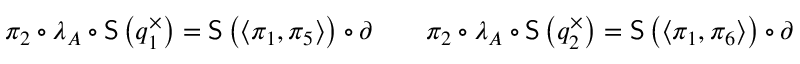
\begin{array} { r l r } { \pi _ { 2 } \circ \lambda _ { A } \circ \mathsf { S } \left( q _ { 1 } ^ { \times } \right) = \mathsf { S } \left( \langle \pi _ { 1 } , \pi _ { 5 } \rangle \right) \circ \partial } & { } & { \pi _ { 2 } \circ \lambda _ { A } \circ \mathsf { S } \left( q _ { 2 } ^ { \times } \right) = \mathsf { S } \left( \langle \pi _ { 1 } , \pi _ { 6 } \rangle \right) \circ \partial } \end{array}